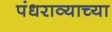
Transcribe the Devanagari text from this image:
पंधराव्याच्या